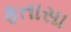
ફતાસા